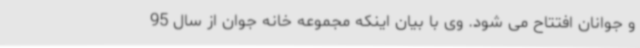
و جوانان افتتاح می شود. وی با بیان اینکه مجموعه خانه جوان از سال 95